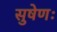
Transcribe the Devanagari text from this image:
सुषेणः